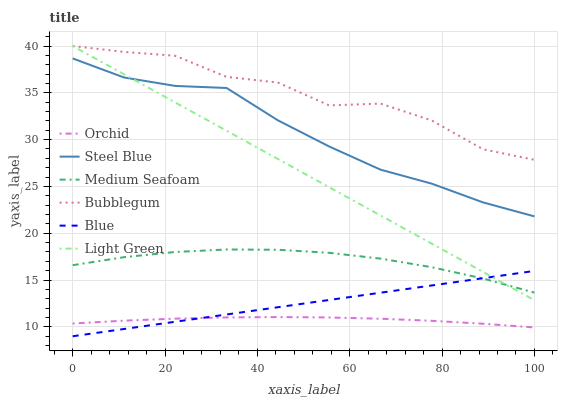
| xaxis_label | Orchid | Steel Blue | Medium Seafoam | Bubblegum | Blue | Light Green |
 | --- | --- | --- | --- | --- | --- | --- |
 | 0 | 10.4 | 38.7 | 16.6 | 40 | 9 | 40 |
 | 11.1 | 10.7 | 36.6 | 17.4 | 39.4 | 9.78 | 37 |
 | 22.2 | 10.9 | 35.7 | 18 | 39 | 10.6 | 34 |
 | 33.3 | 11 | 35.5 | 18.3 | 36.7 | 11.3 | 31 |
 | 44.4 | 11.1 | 32.1 | 18.2 | 36.1 | 12.1 | 27.9 |
 | 55.6 | 11 | 29.3 | 17.9 | 33.7 | 12.9 | 24.9 |
 | 66.7 | 10.9 | 26.8 | 17.3 | 33.9 | 13.7 | 21.9 |
 | 77.8 | 10.6 | 25.3 | 16.4 | 32 | 14.4 | 18.9 |
 | 88.9 | 10.3 | 23.3 | 15.2 | 29 | 15.2 | 15.9 |
 | 100 | 9.94 | 21.8 | 13.7 | 27.8 | 16 | 12.9 |